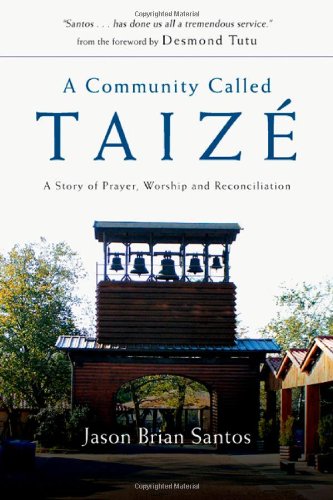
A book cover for A Community Called TaizÃ©: A Story of Prayer, Worship and Reconciliation; Jason Brian Santos; Christian Books & Bibles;